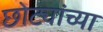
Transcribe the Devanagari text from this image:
छोट्यांच्या